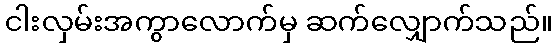
ငါးလှမ်းအကွာလောက်မှ ဆက်လျှောက်သည်။